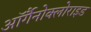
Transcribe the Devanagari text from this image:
ऑर्गैनोक्लोराइड